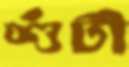
শুঁটী